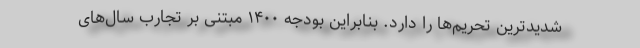
شدیدترین تحریم‌ها را دارد. بنابراین بودجه ۱۴۰۰ مبتنی بر تجارب سال‌های